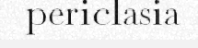
periclasia